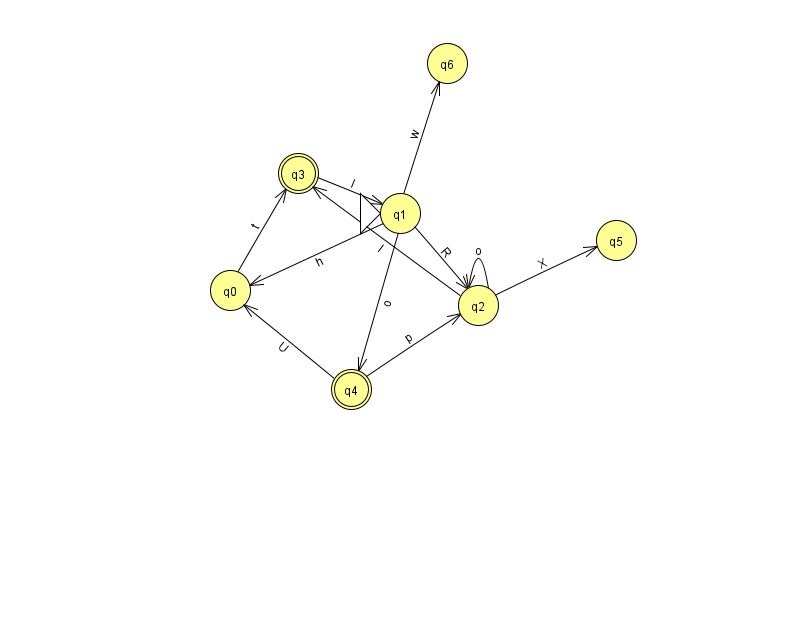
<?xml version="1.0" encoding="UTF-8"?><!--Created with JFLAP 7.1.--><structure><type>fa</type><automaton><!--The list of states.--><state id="0" name="q0"><x>230.0</x><y>277.0</y></state><state id="1" name="q1"><x>400.0</x><y>200.0</y><initial/></state><state id="2" name="q2"><x>478.0</x><y>292.0</y></state><state id="3" name="q3"><x>298.0</x><y>160.0</y><final/></state><state id="4" name="q4"><x>351.0</x><y>376.0</y><final/></state><state id="5" name="q5"><x>616.0</x><y>227.0</y></state><state id="6" name="q6"><x>447.0</x><y>50.0</y></state><!--The list of transitions.--><transition><from>0</from><to>3</to><read>t</read></transition><transition><from>1</from><to>2</to><read>R</read></transition><transition><from>1</from><to>4</to><read>o</read></transition><transition><from>4</from><to>2</to><read>p</read></transition><transition><from>4</from><to>0</to><read>U</read></transition><transition><from>2</from><to>5</to><read>X</read></transition><transition><from>3</from><to>1</to><read>I</read></transition><transition><from>2</from><to>3</to><read>l</read></transition><transition><from>1</from><to>0</to><read>h</read></transition><transition><from>1</from><to>6</to><read>w</read></transition><transition><from>2</from><to>2</to><read>o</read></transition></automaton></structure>